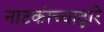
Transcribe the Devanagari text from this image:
नाटकांच्याद्वारे